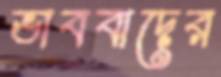
ভাববাদের